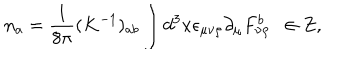
LaTeX: n _ { a } = \frac { 1 } { 8 \pi } ( K ^ { - 1 } ) _ { a b } \int d ^ { 3 } x \epsilon _ { \mu \nu \rho } \partial _ { \mu } F _ { \nu \rho } ^ { b } \ \ \in Z ,